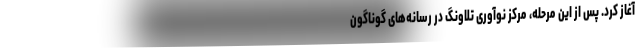
آغاز کرد. پس از این مرحله، مرکز نوآوری تلاونگ در رسانه‌های گوناگون